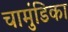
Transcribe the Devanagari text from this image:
चामुंडिका